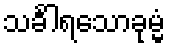
သင်္ခါရသောခုမ္မံ